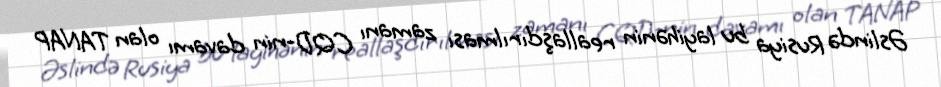
Əslində Rusiya bu layihənin reallaşdırılması zamanı CQD-nin davamı olan TANAP